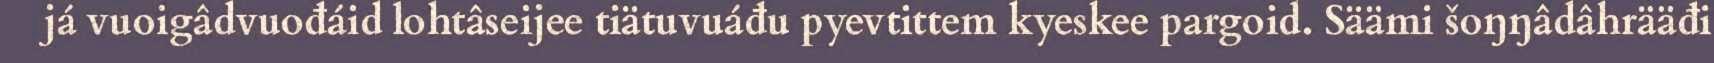
já vuoigâdvuođáid lohtâseijee tiätuvuáđu pyevtittem kyeskee pargoid. Säämi šoŋŋâdâhrääđi